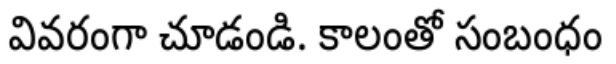
వివరంగా చూడండి. కాలంతో సంబంధం